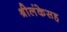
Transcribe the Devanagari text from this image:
श्रीलंकेसह